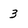
Character: 3